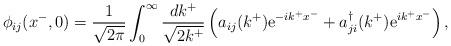
LaTeX: \begin{align*}\phi_{ij}(x^{-} ,0) = \frac{1}{\sqrt{2\pi}} \int_{0}^{\infty}\frac{dk^{+}}{\sqrt{2k^{+}}} \left( a_{ij}(k^{+}){\rm e}^{-ik^{+}x^{-}} +a_{ji}^{\dag}(k^{+}) {\rm e}^{ik^{+}x^{-}}\right) ,\end{align*}